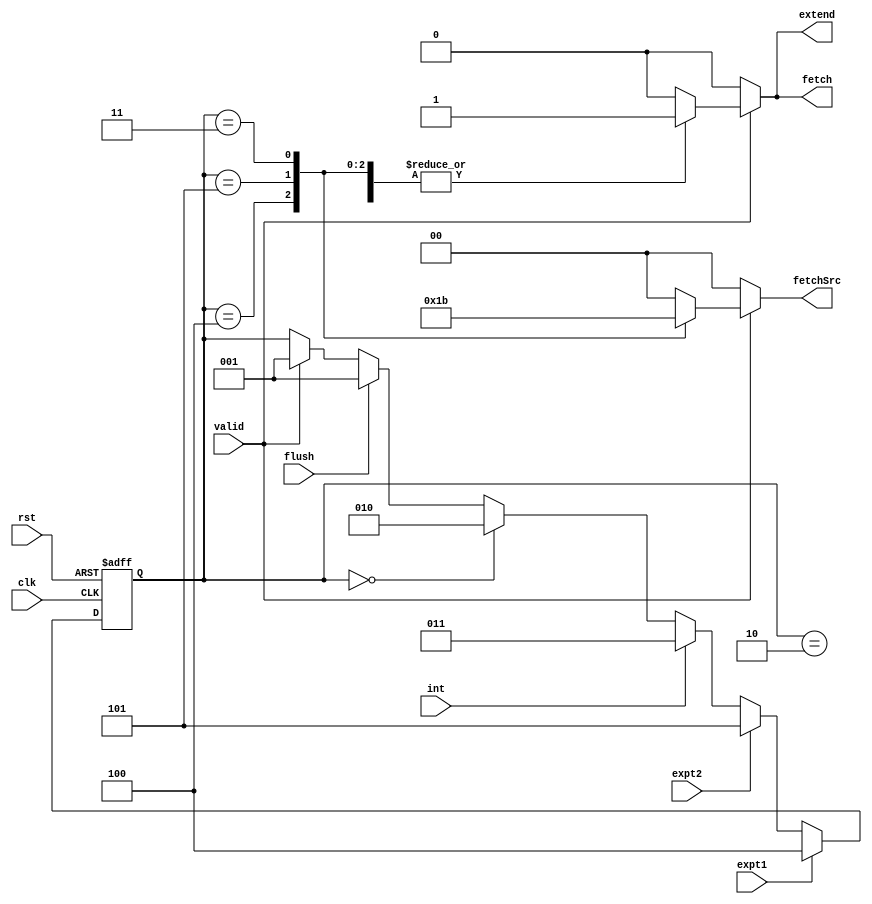
module fetch_control (
  input clk, rst,
  input valid, flush,
  input int, expt1, expt2,
  output reg extend,
  output reg fetch,
  output reg [1:0] fetchSrc
);
  parameter RSTSRC   = 2'b00;
  parameter EXPT1SRC = 2'b01;
  parameter EXPT2SRC = 2'b10;
  parameter INTSRC   = 2'b11;

  parameter STRT  = 3'b000;
  parameter NORM  = 3'b001;
  parameter RST   = 3'b010;
  parameter INT   = 3'b011;
  parameter EXPT1 = 3'b100;
  parameter EXPT2 = 3'b101;

  // State
  reg [2:0] state, nextState;

  // State Transition
  always @(posedge clk or negedge rst) begin
    if (!rst) state <= STRT; // reset state
    else state <= nextState; // next state
  end

  // State Operation
  always @(*) begin
    // default: norm
    extend = 1'b0;
    fetch = 1'b0;
    fetchSrc = 2'b00;

    // check if valid
    if (valid) begin
      case (state)
        RST: begin
          extend = 1'b1;
          fetch = 1'b1;
          fetchSrc = RSTSRC;
        end
        EXPT1: begin
          extend = 1'b1;
          fetch = 1'b1;
          fetchSrc = EXPT1SRC;
        end
        EXPT2: begin
          extend = 1'b1;
          fetch = 1'b1;
          fetchSrc = EXPT2SRC;
        end
        INT: begin
          extend = 1'b1;
          fetch = 1'b1;
          fetchSrc = INTSRC;
        end
      endcase
    end
  end

  // Next State
  always @(*) begin
    if (expt1) nextState = EXPT1;
    else if (expt2) nextState = EXPT2;
    else if (int) nextState = INT;
    else if (state == STRT) nextState = RST;
    else if (flush) nextState = NORM;
    else if (valid) nextState = NORM;
    else nextState = state;
  end

endmodule